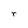
Character: r